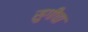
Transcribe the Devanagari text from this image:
सुगीचा